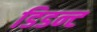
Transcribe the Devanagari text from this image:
डिडन्‍ट